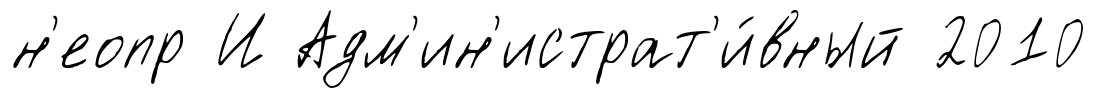
н'еопр И Адм'ин'истрат'и́вный 2010